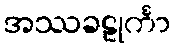
အဿခဠုင်္ကာ